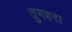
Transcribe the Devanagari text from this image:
तुमहरा